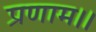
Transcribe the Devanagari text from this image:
प्रणाम।।